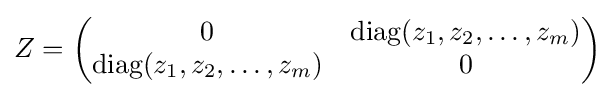
Z={\begin{pmatrix}0&{\textrm {diag}}(z_{1},z_{2},\ldots ,z_{m})\\{\textrm {diag}}(z_{1},z_{2},\ldots ,z_{m})&0\end{pmatrix}}